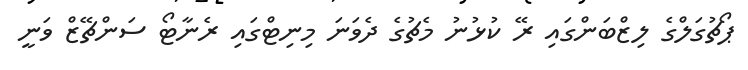
ޕޯޗުގަލްގެ ލިޒްބަންގައި ރޭ ކުޅުނު މެޗުގެ ދެވަނަ މިނިޓްގައި ރެނާޓޯ ސަންޗޭޒް ވަނީ